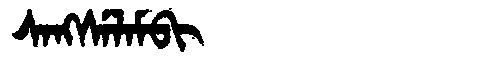
Manchu: ᠰᠠᠩᠰᡝᠯᠠᠮᠪᡳ
Romanization: SANGSELAMBI